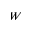
W